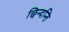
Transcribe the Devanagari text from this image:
छिन्दन्ति